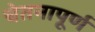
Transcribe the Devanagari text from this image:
चेतनापूर्ण